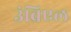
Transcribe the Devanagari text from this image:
उंब्रिएल